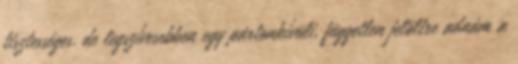
tisztességes. de legszívesebben egy pártonkívüli, független jelöltre adnám a